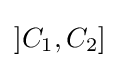
]C_{1},C_{2}]